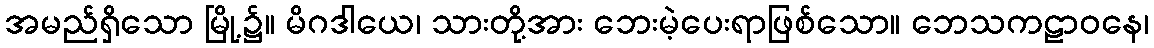
အမည်ရှိသော မြို့၌။ မိဂဒါယေ၊ သားတို့အား ဘေးမဲ့ပေးရာဖြစ်သော။ ဘေသကဠာဝနေ၊